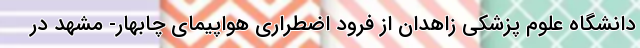
دانشگاه علوم پزشکی زاهدان از فرود اضطراری هواپیمای چابهار- مشهد در